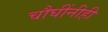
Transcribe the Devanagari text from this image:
चौघींनीही